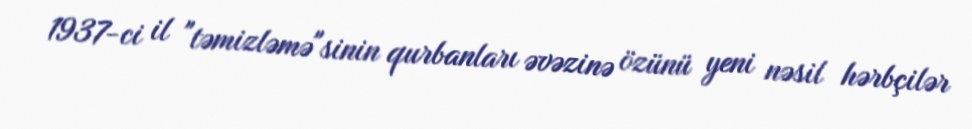
1937-ci il "təmizləmə"sinin qurbanları əvəzinə özünü yeni nəsil hərbçilər